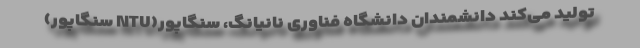
تولید می‌کند دانشمندان دانشگاه فناوری نانیانگ، سنگاپور(NTU سنگاپور)